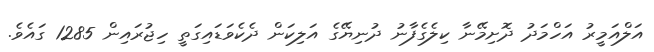
އަލްއަމީރު އަހްމަދު ދޮށިމޭނާ ކިލެގެފާނު ދުނިޔޭގެ އަލިކަން ދެކެވަޑައިގަތީ ހިޖުރައިން 1285 ގައެވެ.